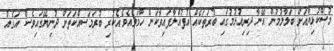
މުސްކުޅިޔާއަށް ބަލާލުމުން އޭނާ ދިރިއުޅުމުގައި ބުރަތަކެއް އުފުއްލާފައިވާކަން ހާމަވެއެވެ.އެކުރި ބުރަމަސއްކަތަށް ދުނިޔޭގައިވެސް އަގެއް